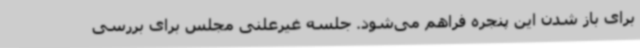
برای باز شدن این پنجره فراهم می‌شود. جلسه غیرعلنی مجلس برای بررسی